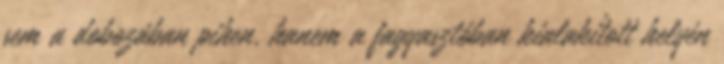
sem a dobozában pihen, hanem a fagyasztóban kialakított helyén